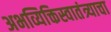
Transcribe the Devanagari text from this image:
अभव्यिक्तिस्वातंत्र्याचा